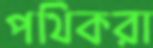
পথিকরা